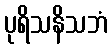
ပုရိသနိသဘံ